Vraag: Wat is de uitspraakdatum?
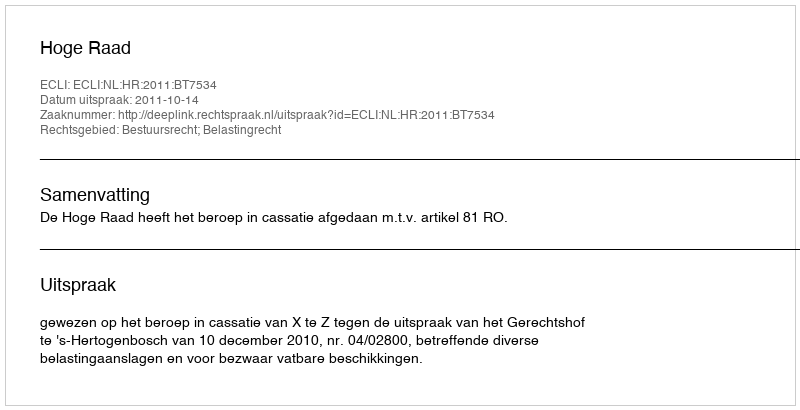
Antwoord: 2011-10-14